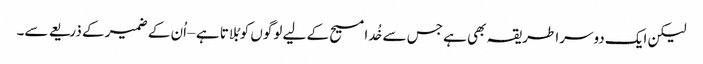
لیکن ایک دوسرا طریقہ بھی ہے جس سے خُدا مسیح کے لیے لوگوں کو بُلاتا ہے – اُن کے ضمیر کے ذریعے سے۔